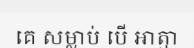
គេ សម្លាប់ បើ ឤត្មា